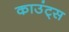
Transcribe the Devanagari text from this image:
काउंट्स